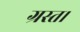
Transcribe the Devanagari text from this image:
ग्रस्त।